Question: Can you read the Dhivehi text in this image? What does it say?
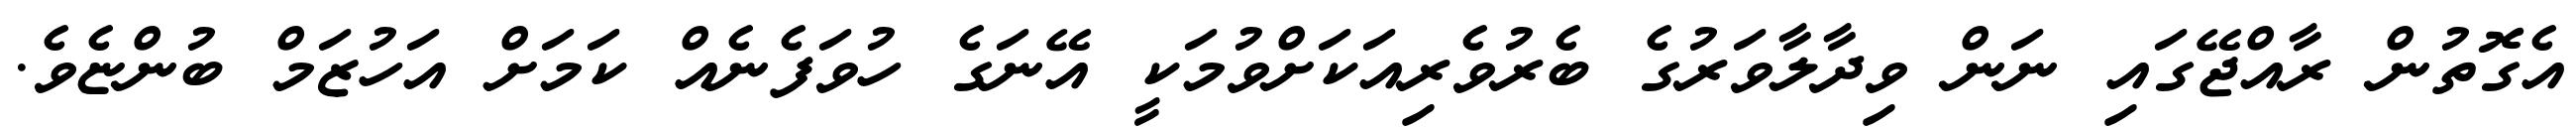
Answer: އެގޮތުން ރާއްޖޭގައި ނަން ވިދާލާވަރުގެ ބެރުވެރިއަކަށްވުމަކީ އޭނަގެ ހުވަފެނެއް ކަމަށް އަހުޒަމް ބުންޏެވެ.